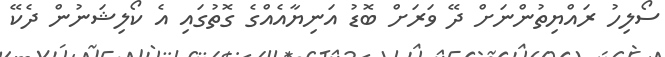
ސޯލިހު ރައްޔިތުންނަށް ދޭ ވަރަށް ބޮޑު އަނިޔާއެއްގެ ގޮތުގައި އެ ކޯލިޝަނުން ދެކޭ